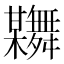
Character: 𦨂